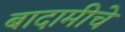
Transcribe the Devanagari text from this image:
बादामीचे